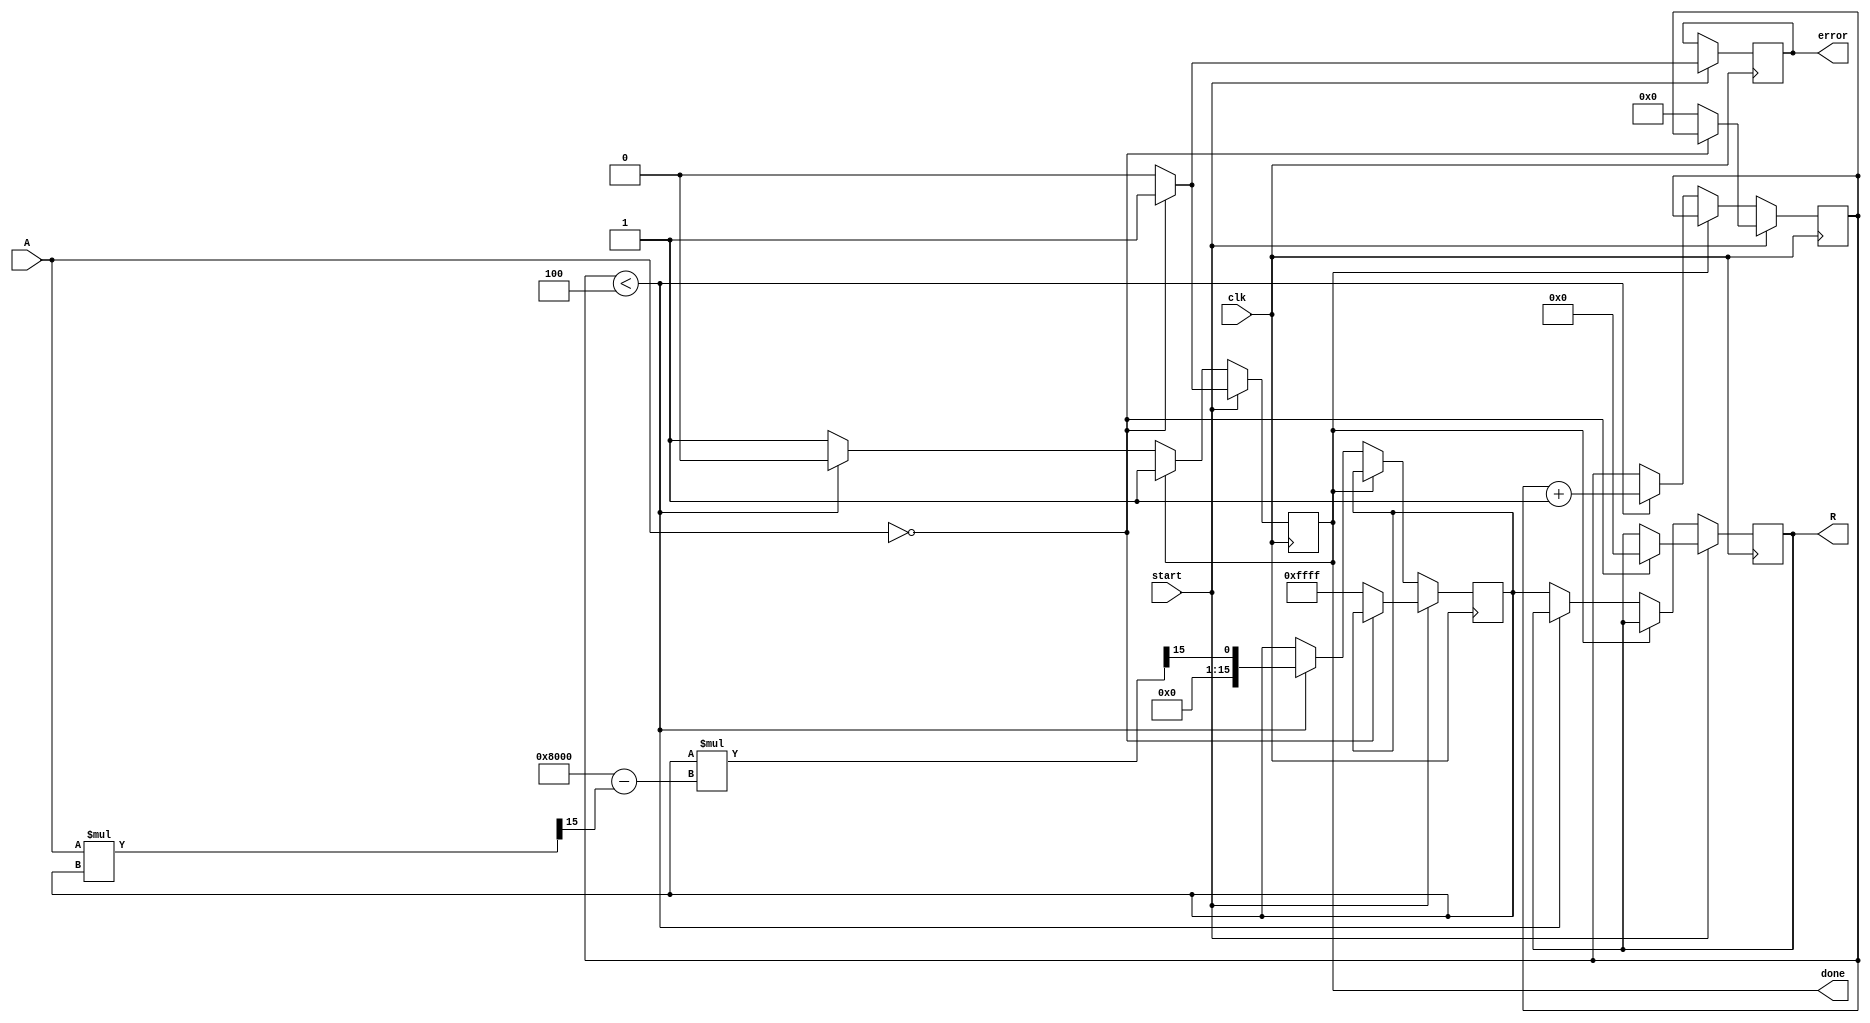
module binary_fractional_reciprocal (
    input  wire [15:0] A,       // Input A: 16-bit fixed-point number in range (0, 1)
    input  wire clk,            // Clock signal
    input  wire start,          // Start signal
    output reg  [15:0] R,       // Output R: Reciprocal of input, 16-bit fixed-point
    output reg  done,           // Done signal
    output reg  error           // Error signal for division by zero
);
    
    // Internal signals
    reg [15:0] x;               // Current approximation of the reciprocal
    reg [3:0] count;            // Iteration count
    parameter MAX_ITER = 4;     // Maximum number of iterations

    always @(posedge clk) begin
        if (start) begin
            // Input handling
            if (A == 16'b0) begin
                R <= 16'b0;      // Return zero on division by zero
                error <= 1'b1;   // Set error flag
                done <= 1'b1;    // Mark operation as done
            end else begin
                // Initialize variables
                x <= 16'hFFFF;   // Initial guess for 1/A (could choose a better initial guess)
                count <= 0;
                done <= 1'b0;
                error <= 1'b0;
                // Start iterations for Newton-Raphson
            end
        end else if (!done) begin
            // Newton-Raphson iteration
            if (count < MAX_ITER) begin
                // x = x * (2 - A * x)
                x <= x * (16'h8000 - (A * x >> 15)) >> 15; // Shift right to keep fixed-point
                count <= count + 1;
            end else begin
                R <= x;            // Final result after iterations
                done <= 1'b1;      // Mark operation as done
            end
        end
    end

endmodule